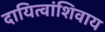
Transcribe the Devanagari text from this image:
दायित्वांशिवाय